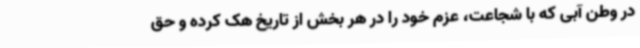
در وطن آبی که با شجاعت، عزم خود را در هر بخش از تاریخ هک کرده و حق